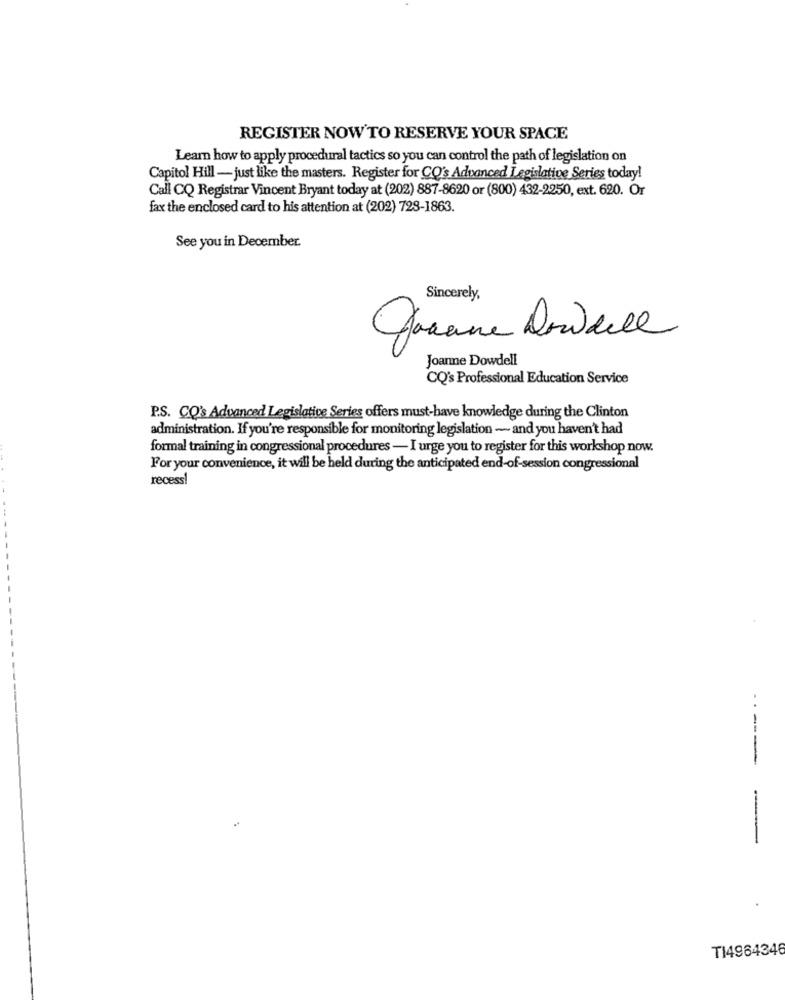
REGISTER NOW'TO RESERVE YOUR SPACE
Learn how to apply procedural tactics so you can control the path of legislation on
Capitol Hill - just like the masters. Register for CO's Advanced Legislative Series today!
Call CQ Registrar Vincent Bryant today at (202) 887-8620 or (800) 432-2250, ext. 620. Or
fax the enclosed card to his attention at (202) 728-1863.
See you in December.
Sincerely,
Joanne Dowdell
Joanne Dowdell
CQ's Professional Education Service
P.S. CO's Advanced Legislative Series offers must-have knowledge during the Clinton
administration. If you're responsible for monitoring legislation - and you haven't had
formal training in congressional procedures - I urge you to register for this workshop now.
For your convenience, it will be held during the anticipated end-of-session congressional
recess!
----
-
TI4964346